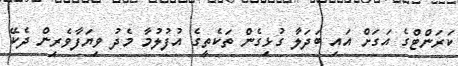
ކަރަންޓްގެ އަގަށް އައި ބަދަލާ ގުޅިގެން ތަކެތީގެ އުފުލުމާ މެދު ވިޔަފާވެރިން ދެކޭ